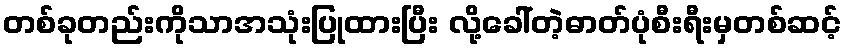
တစ်ခုတည်းကိုသာအသုံးပြုထားပြီး လို့ခေါ်တဲ့ဓာတ်ပုံစီးရီးမှတစ်ဆင့်